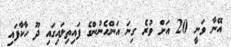
އޭނާ ވަނީ 20 އަށް ވުރެ ގިނަ އަންހެނުންގެ ފައިތިލައިގައި ދޫ ހާކާފައި